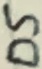
Text: D5